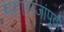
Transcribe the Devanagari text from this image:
महाराजांपूर्वी